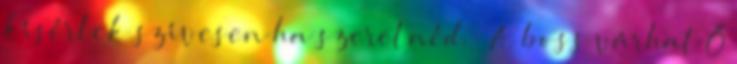
kísérlek szívesen ha szeretnéd. – A boss várhat Ő